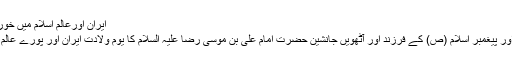
ایران اورعالم اسلام میں خورشید خراسان اور سلطان العرب و العجم کا جشن ولادت
آسمان امامت اور ولایت کے آٹھویں درخشاں ستارے اور پیغمبر اسلام (ص) کے فرزند اور آٹھویں جانشین حضرت امام علی بن موسی رضا علیہ السلام کا یوم ولادت ایران اور پورے عالم اسلام میں عقیدت اور احترام کے ساتھ منایا جارہا ہے۔